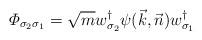
LaTeX: \begin{align*}{\mit \Phi}_{\sigma_2\sigma_1}=\sqrt{m}w_{\sigma_2}^{\dagger}\psi(\vec{k},\vec{n})w_{\sigma_1}^{\dagger}\end{align*}